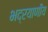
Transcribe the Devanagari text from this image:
भद्रयाणीय